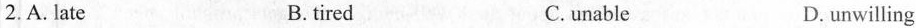
2.A. late B. tired C.unable D.unwilling